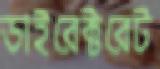
ডাইরেক্টরেট